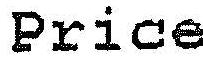
PRICE